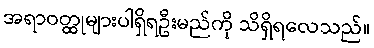
အရာဝတ္ထုများပါရှိရဦးမည်ကို သိရှိရလေသည်။